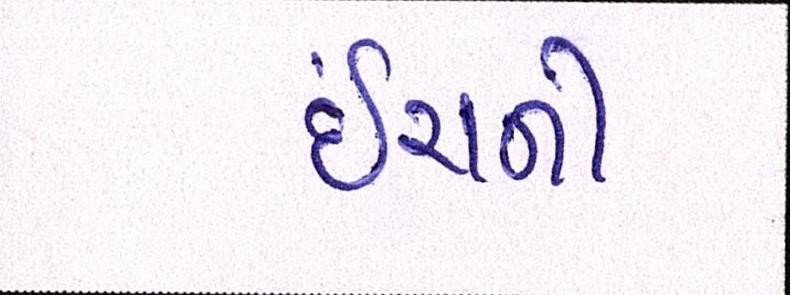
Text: ઇંચની